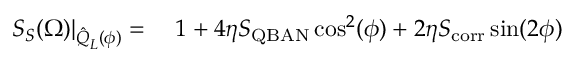
\begin{array} { r l } { S _ { S } ( \Omega ) | _ { \hat { Q } _ { L } ^ { } ( \phi ) } = { } } & { { } 1 + 4 \eta S _ { \mathrm { Q B A N } } \cos ^ { 2 } ( \phi ) + 2 \eta S _ { \mathrm { c o r r } } \sin ( 2 \phi ) } \end{array}